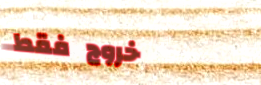
خروج فقط